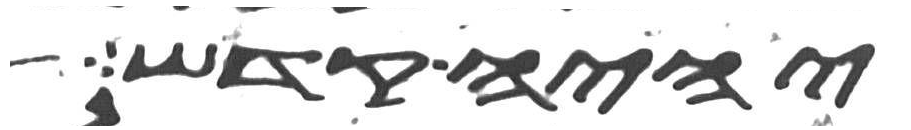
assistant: יהיה קדש